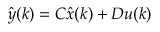
{ \hat { y } } ( k ) = C { \hat { x } } ( k ) + D u ( k )